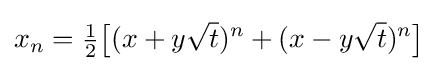
x_{n}={\tfrac {1}{2}}{\big [}(x+y{\sqrt {t}})^{n}+(x-y{\sqrt {t}})^{n}{\big ]}